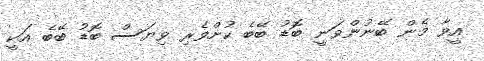
އީވާ މެން ބޭނުންވަނީ ބޮޑު ބޭބެ ކުށްވެރި ވިޔަސް ބޮޑު ބޭބެ އަކީ